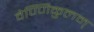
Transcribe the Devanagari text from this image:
वेण्णिकुलम्